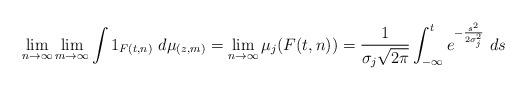
LaTeX: \begin{align*}\lim_{n\to \infty} \lim_{m\to\infty} \int 1_{F(t,n)} \ d\mu_{(z,m)} = \lim_{n\to\infty} \mu_j(F(t,n)) = \frac{1}{\sigma_j\sqrt{2\pi}}\int_{-\infty}^t e^{-\frac{s^2}{2\sigma_j^2}} \ ds\end{align*}